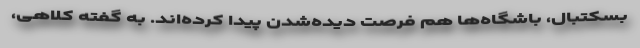
بسکتبال، باشگاه‌ها هم فرصت دیده‌شدن پیدا کرده‌اند. به گفته کلاهی،